Leaving Certificate Examination (including Day School Certificate (Higher) General paper), 1933
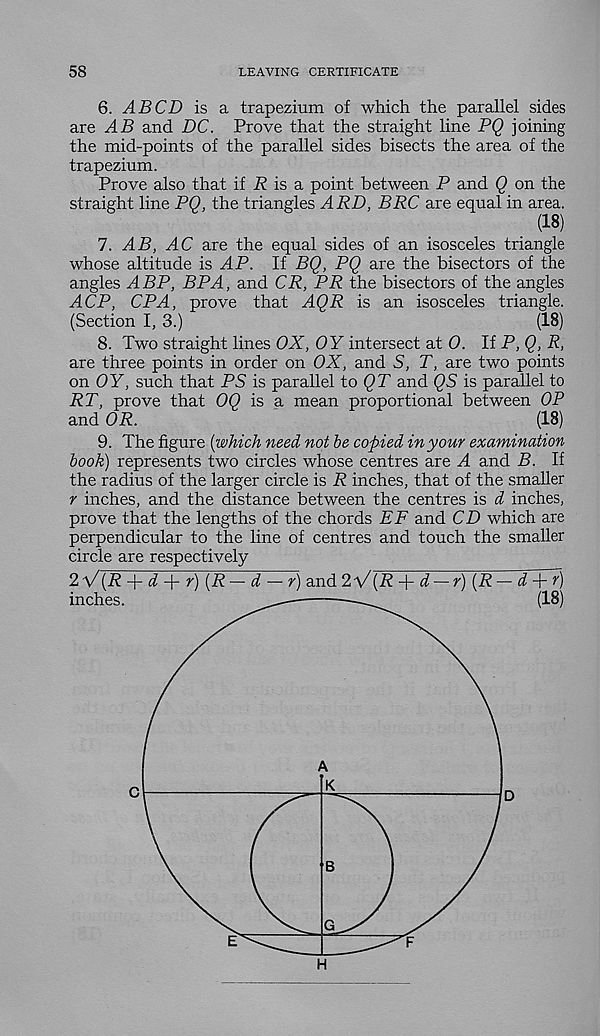
58
LEAVING CERTIFICATE
6. ABCD is a trapezium of which the parallel sides
are AB and DC. Prove that the straight line PQ joining
the mid-points of the parallel sides bisects the area of the
trapezium.
Prove also that if R is a point between P and Q on the
straight line PQ, the triangles ARD, BRC are equal in area.
(18)
7. AB, AC are the equal sides of an isosceles triangle
whose altitude is ^4P. If BQ, PQ are the bisectors of the
angles A BP, BP A, and CR, PR the bisectors of the angles
ACP, CPA, prove that AQR is an isosceles triangle.
(Section I, 3.)
(18)
8. Two straight lines OX, OY intersect at 0. If P, Q, R,
are three points in order on OX, and S, T, are two points
on OY, such that PS is parallel to QT and QS is parallel to
RT, prove that OQ is a mean proportional between OP
and OR.
(18)
9. The figure {which need not be copied in your examination
book) represents two circles whose centres are A and B. If
the radius of the larger circle is R inches, that of the smaller
r inches, and the distance between the centres is d inches,
prove that the lengths of the chords EF and CD which are
perpendicular to the line of centres and touch the smaller
circle are respectively
2 V(P -Yd + r){R-d-r) and2V(P + ^-y) (P-^“T^)